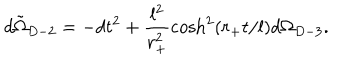
d \tilde { \Omega } _ { D - 2 } = - d t ^ { 2 } + \frac { l ^ { 2 } } { r _ { + } ^ { 2 } } \cosh ^ { 2 } ( r _ { + } t / l ) d \Omega _ { D - 3 } .